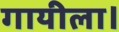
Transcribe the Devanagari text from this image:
गायीला।